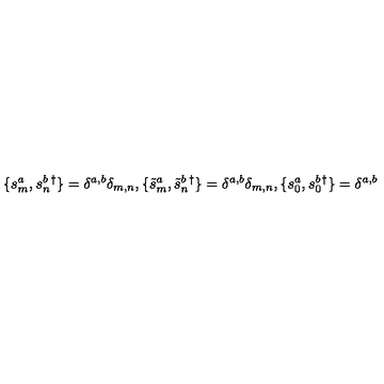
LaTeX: \{ s _ { m } ^ { a } , s _ { n } ^ { b } { } ^ { \dagger } \} = \delta ^ { a , b } \delta _ { m , n } , \{ \tilde { s } _ { m } ^ { a } , \tilde { s } _ { n } ^ { b } { } ^ { \dagger } \} = \delta ^ { a , b } \delta _ { m , n } , \{ s _ { 0 } ^ { a } , s _ { 0 } ^ { b } { } ^ { \dagger } \} = \delta ^ { a , b }